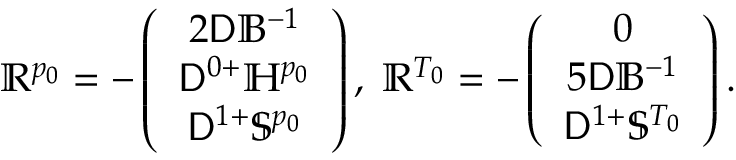
\mathbb { R } ^ { p _ { 0 } } = - \left( \begin{array} { c } { 2 \mathsf { D } \mathbb { B } ^ { - 1 } } \\ { \mathsf { D } ^ { 0 + } \mathbb { H } ^ { p _ { 0 } } } \\ { \mathsf { D } ^ { 1 + } \mathbb { S } ^ { p _ { 0 } } } \end{array} \right) , \; \mathbb { R } ^ { T _ { 0 } } = - \left( \begin{array} { c } { 0 } \\ { 5 \mathsf { D } \mathbb { B } ^ { - 1 } } \\ { \mathsf { D } ^ { 1 + } \mathbb { S } ^ { T _ { 0 } } } \end{array} \right) .